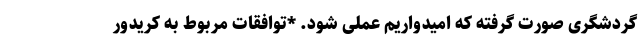
گردشگری صورت گرفته که امیدواریم عملی شود. *توافقات مربوط به کریدور